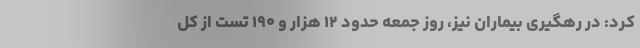
کرد: در رهگیری بیماران نیز، روز جمعه حدود ۱۲ هزار و ۱۹۰ تست از کل